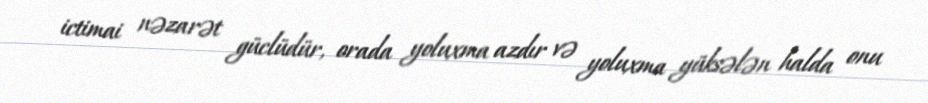
ictimai nəzarət güclüdür, orada yoluxma azdır və yoluxma yüksələn halda onu